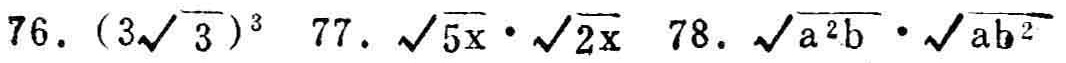
76. \((3\sqrt{3})^{3}\) 77. \(\sqrt{5x}\cdot\sqrt{2x}\) 78. \(\sqrt{a^{2}b}\cdot\sqrt{ab^{2}}\)